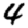
Digit: 4